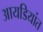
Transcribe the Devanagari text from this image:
आयडियांत